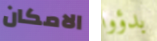
الامكان بدؤوا